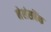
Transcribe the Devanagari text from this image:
नेशंसबैंक